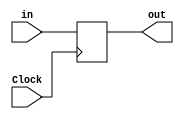
module PReg(Clock,in,out);
parameter n=1;

input Clock;
input [n-1:0]in;

output reg [n-1:0]out;

initial
    #10 out <= 0;

always@(posedge Clock)
begin
    out <= in;
end
endmodule